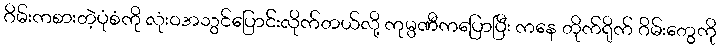
ဂိမ်းကစားတဲ့ပုံစံကို လုံးဝအသွင်ပြောင်းလိုက်တယ်လို့ ကုမ္ပဏီကပြောပြီး ကနေ တိုက်ရိုက် ဂိမ်းတွေကို